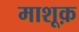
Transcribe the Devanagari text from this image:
माशूक़